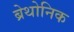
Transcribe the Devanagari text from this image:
ब्रेथोनिक